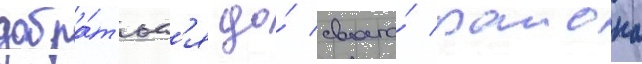
добра́тьс'я до́ своего́ раиона